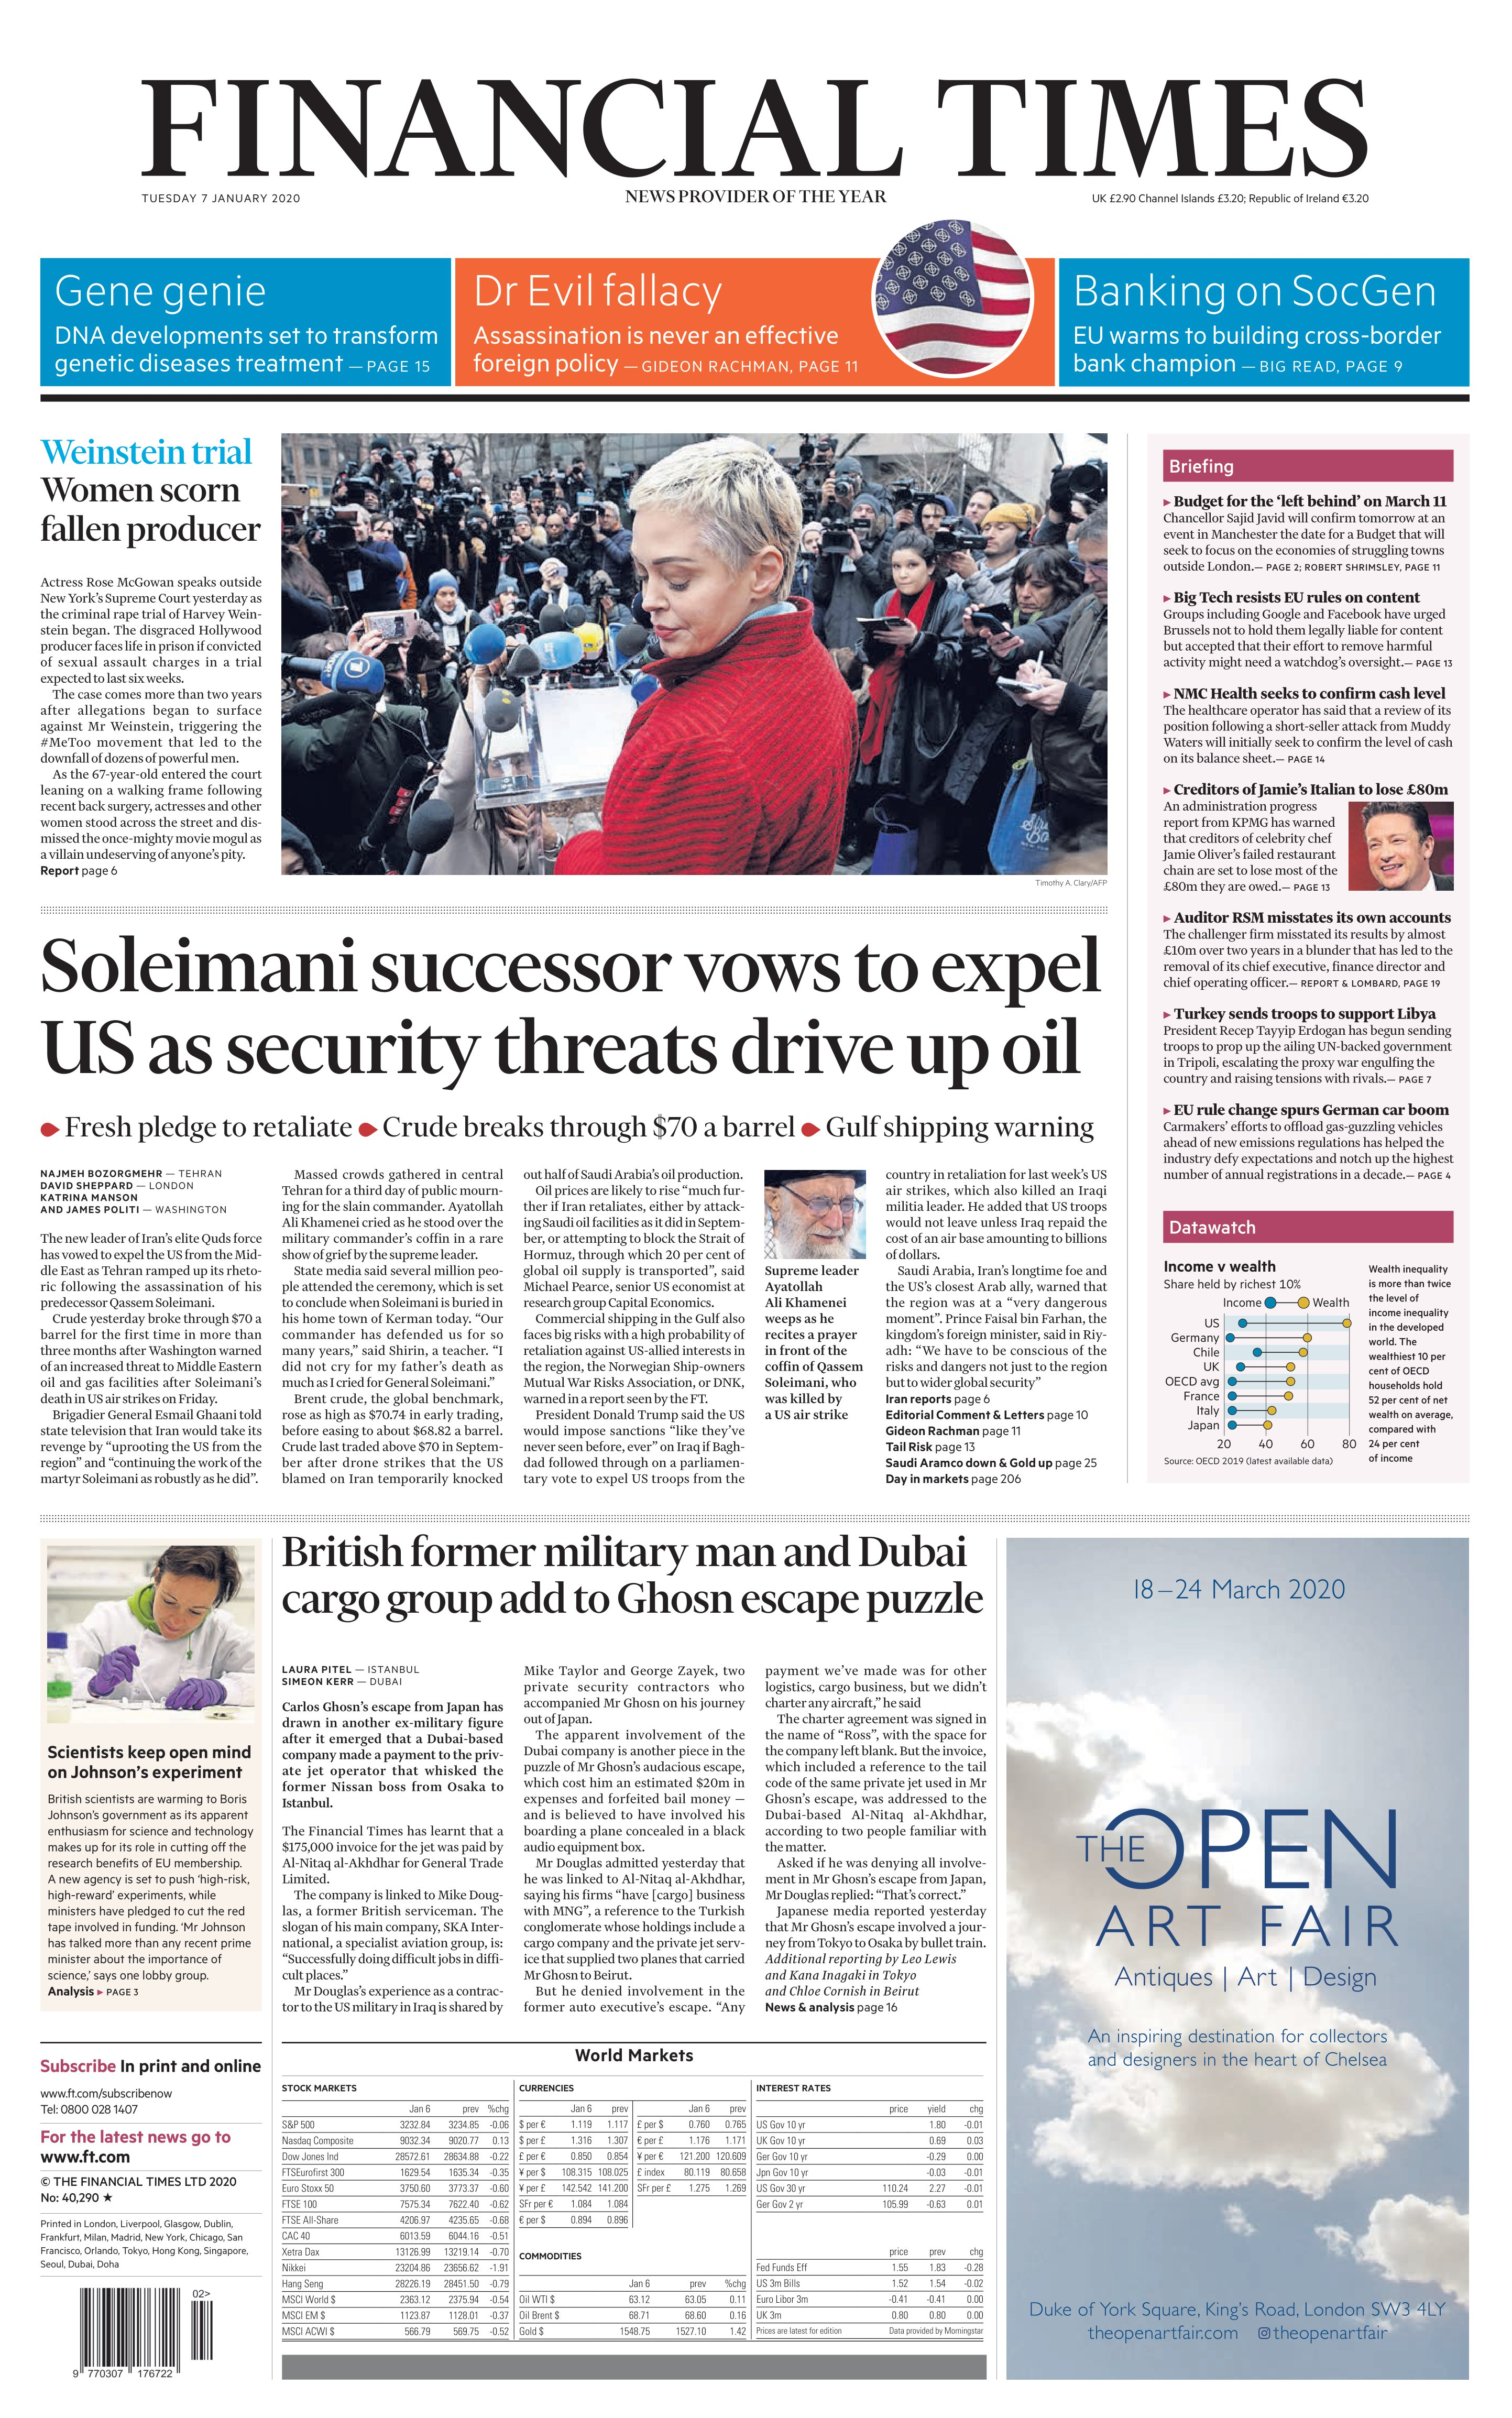
Language: en